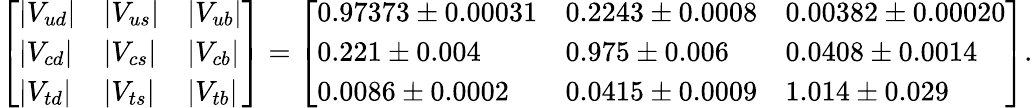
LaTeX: {\left[\begin{array}{lll}{|V_{ud}|}&{|V_{us}|}&{|V_{ub}|}\\ {|V_{cd}|}&{|V_{cs}|}&{|V_{cb}|}\\ {|V_{td}|}&{|V_{ts}|}&{|V_{tb}|}\end{array}\right]}={\left[\begin{array}{lll}{0.97373\pm 0.00031}&{0.2243\pm 0.0008}&{0.00382\pm 0.00020}\\ {0.221\pm 0.004}&{0.975\pm 0.006}&{0.0408\pm 0.0014}\\ {0.0086\pm 0.0002}&{0.0415\pm 0.0009}&{1.014\pm 0.029}\end{array}\right]}.